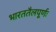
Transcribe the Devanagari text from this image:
भारततैलपूर्णः